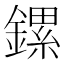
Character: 鏍